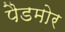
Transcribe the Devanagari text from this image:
पैडमोर